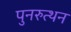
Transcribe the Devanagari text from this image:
पुनरुत्थन